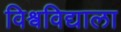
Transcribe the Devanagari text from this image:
विश्वविद्याला